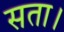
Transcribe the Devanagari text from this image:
सता।